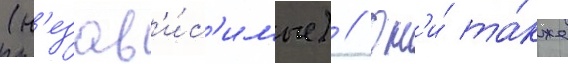
(н'езав'и́с'имые) // Он'и́ та́кже